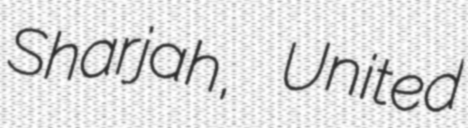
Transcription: Sharjah, United